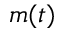
m ( t )